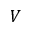
\boldsymbol { V }